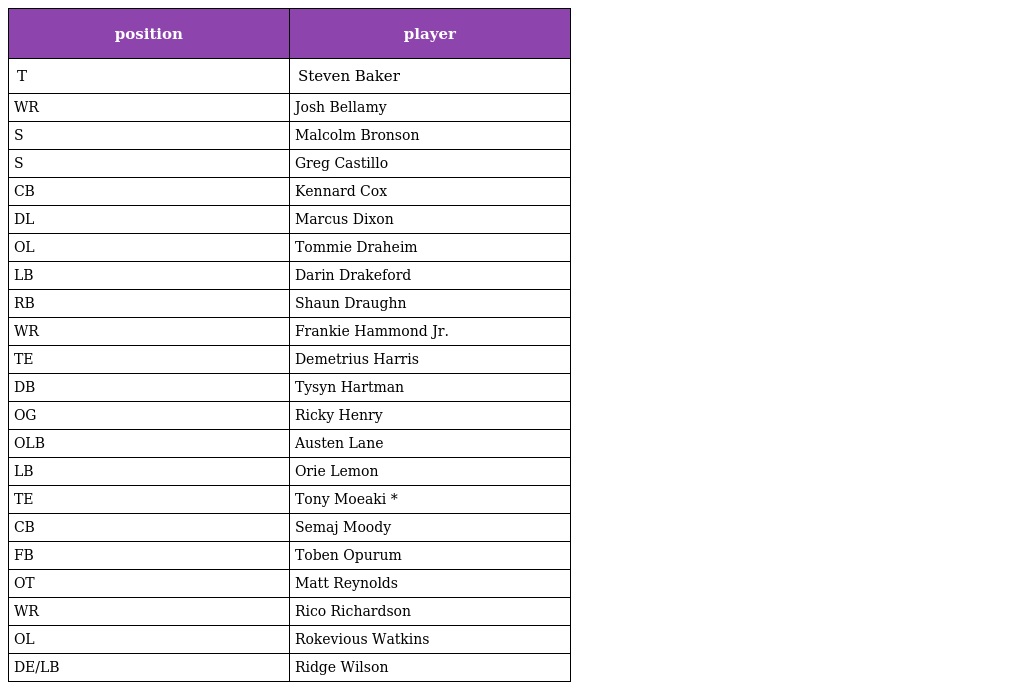
| position | player |
 | --- | --- |
 | T | Steven Baker |
 | WR | Josh Bellamy |
 | S | Malcolm Bronson |
 | S | Greg Castillo |
 | CB | Kennard Cox |
 | DL | Marcus Dixon |
 | OL | Tommie Draheim |
 | LB | Darin Drakeford |
 | RB | Shaun Draughn |
 | WR | Frankie Hammond Jr. |
 | TE | Demetrius Harris |
 | DB | Tysyn Hartman |
 | OG | Ricky Henry |
 | OLB | Austen Lane |
 | LB | Orie Lemon |
 | TE | Tony Moeaki * |
 | CB | Semaj Moody |
 | FB | Toben Opurum |
 | OT | Matt Reynolds |
 | WR | Rico Richardson |
 | OL | Rokevious Watkins |
 | DE/LB | Ridge Wilson |